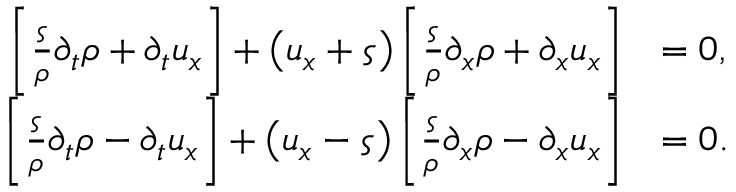
\begin{array} { r l } { \left[ \frac { \varsigma } { \rho } \partial _ { t } \rho + \partial _ { t } u _ { x } \right] + \left( u _ { x } + \varsigma \right) \left[ \frac { \varsigma } { \rho } \partial _ { x } \rho + \partial _ { x } u _ { x } \right] } & { = 0 , } \\ { \left[ \frac { \varsigma } { \rho } \partial _ { t } \rho - \partial _ { t } u _ { x } \right] + \left( u _ { x } - \varsigma \right) \left[ \frac { \varsigma } { \rho } \partial _ { x } \rho - \partial _ { x } u _ { x } \right] } & { = 0 . } \end{array}